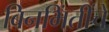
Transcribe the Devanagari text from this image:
बिनभिंतींचे